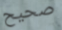
صحيح